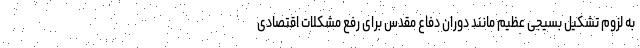
به لزوم تشکیل بسیجی عظیم مانند دوران دفاع مقدس برای رفع مشکلات اقتصادی